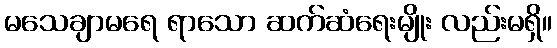
မသေချာမရေ ရာသော ဆက်ဆံရေးမျိုး လည်းမရှိ။